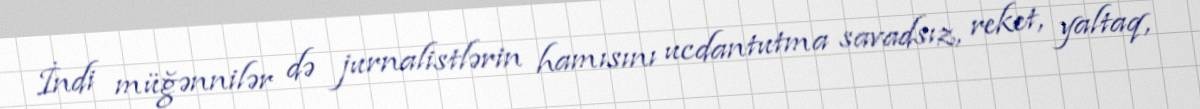
İndi müğənnilər də jurnalistlərin hamısını ucdantutma savadsız, reket, yaltaq,